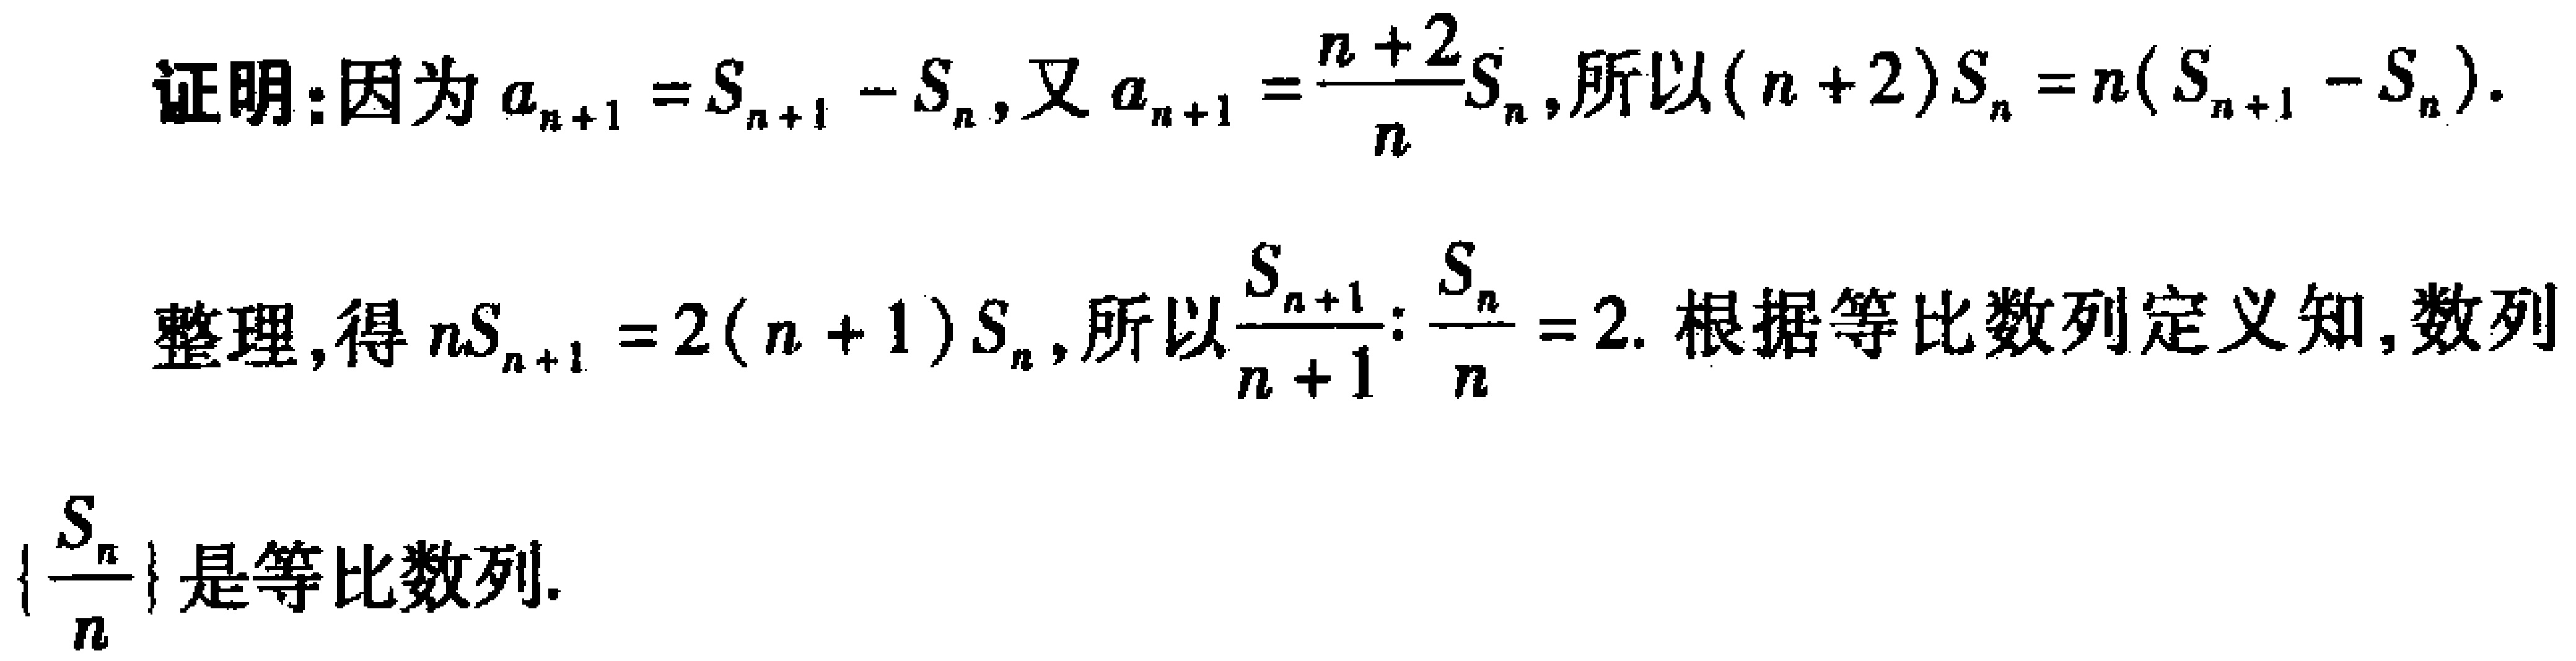
证明：因为\(a_{n + 1} = S_{n + 1} - S_{n}\)，又\(a_{n + 1} = \frac{n + 2}{n}S_{n}\)，所以\((n + 2)S_{n} = n(S_{n + 1} - S_{n})\).
整理，得\(nS_{n + 1} = 2(n + 1)S_{n}\)，所以\(\frac{S_{n + 1}}{n + 1}:\frac{S_{n}}{n} = 2\). 根据等比数列定义知，数列\(\{\frac{S_{n}}{n}\}\)是等比数列.